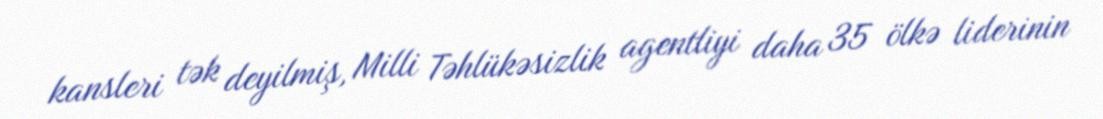
kansleri tək deyilmiş, Milli Təhlükəsizlik agentliyi daha 35 ölkə liderinin